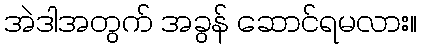
အဲဒါအတွက် အခွန် ဆောင်ရမလား။